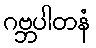
ဂဗ္ဘပါတနံ